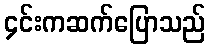
၄င်းကဆက်ပြောသည်